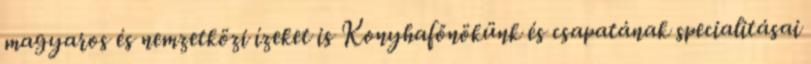
magyaros és nemzetközi ízeket is Konyhafőnökünk és csapatának specialitásai